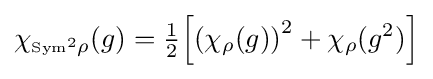
\chi _{{\scriptscriptstyle {\rm {{Sym}^{2}}}}\rho }(g)={\tfrac {1}{2}}\!\left[\left(\chi _{\rho }(g)\right)^{2}+\chi _{\rho }(g^{2})\right]